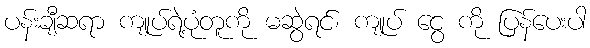
ပန်းချီဆရာ ကျုပ်ရဲ့ပုံတူကို မဆွဲရင်၊ ကျုပ် ငွေ ကို ပြန်ပေးပါ